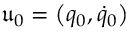
\mathfrak { u } _ { 0 } = \left( q _ { 0 } , \dot { q } _ { 0 } \right)